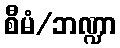
စီမံ/ဘဏ္ဍာ